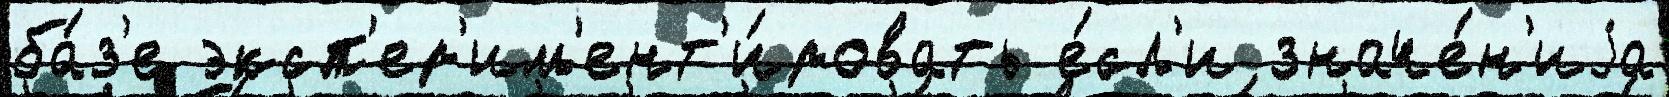
ба́з'е эксп'ер'им'ент'и́ровать е́сл'и значе́н'иjа